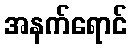
အနက်ရောင်